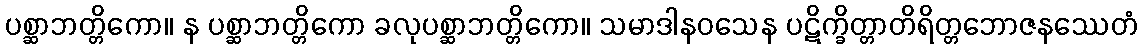
ပစ္ဆာဘတ္တိကော။ န ပစ္ဆာဘတ္တိကော ခလုပစ္ဆာဘတ္တိကော။ သမာဒါနဝသေန ပဋိက္ခိတ္တာတိရိတ္တဘောဇနဿေတံ